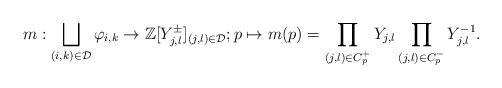
LaTeX: \begin{align*} m: \bigsqcup_{(i,k)\in \mathcal{D}}\varphi_{i,k} \to \mathbb{Z}[Y^{\pm}_{j,l}]_{(j,l)\in \mathcal{D}}; p \mapsto m(p)=\prod_{(j,l)\in C^{+}_{p}}Y_{j,l}\prod_{(j,l)\in C^{-}_{p}}Y^{-1}_{j,l}.\end{align*}